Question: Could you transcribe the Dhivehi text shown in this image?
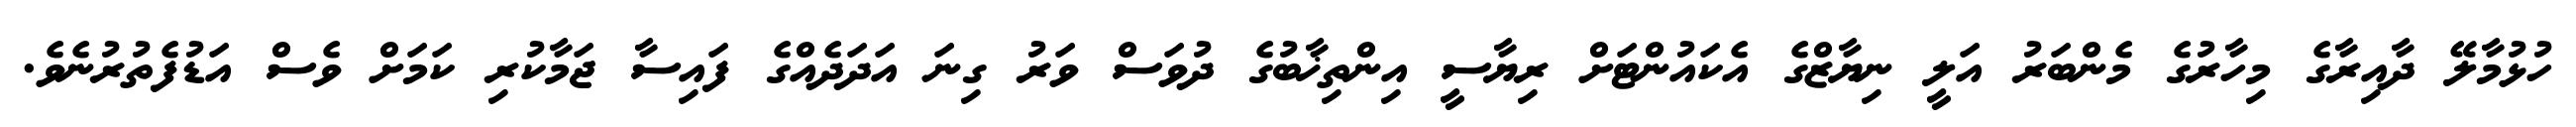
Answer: ހުޅުމާލޭ ދާއިރާގެ މިހާރުގެ މެންބަރު އަލީ ނިޔާޒްގެ އެކައުންޓަށް ރިޔާސީ އިންތިޚާބުގެ ދުވަސް ވަރު ގިނަ އަދަދެއްގެ ފައިސާ ޖަމާކުރި ކަމަށް ވެސް އަޑުފެތުރުނެވެ.